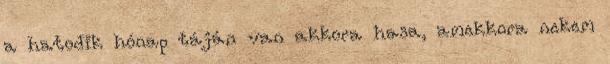
a hatodik hónap táján van akkora hasa, amekkora nekem